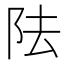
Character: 阹